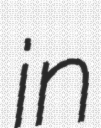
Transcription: in